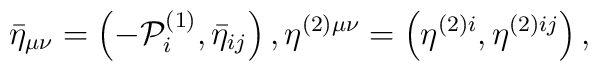
\bar{\eta}_{\mu \nu }=\left( -{\cal P}_{i}^{(1)},\bar{\eta}_{ij}\right),\eta ^{(2)\mu \nu }=\left( \eta ^{(2)i},\eta ^{(2)ij}\right) ,